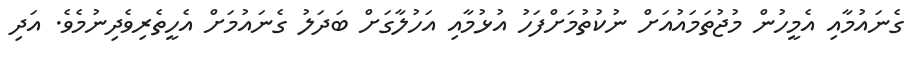
ގެނައުމާއި އެމީހުން މުޖުތަމައުއަށް ނުކުތުމަށްފަހު އުޅުމާއި އަހުލާގަށް ބަދަލު ގެނައުމަށް އެހީތެރިވެދިނުމެވެ. އަދި